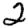
Digit: 2